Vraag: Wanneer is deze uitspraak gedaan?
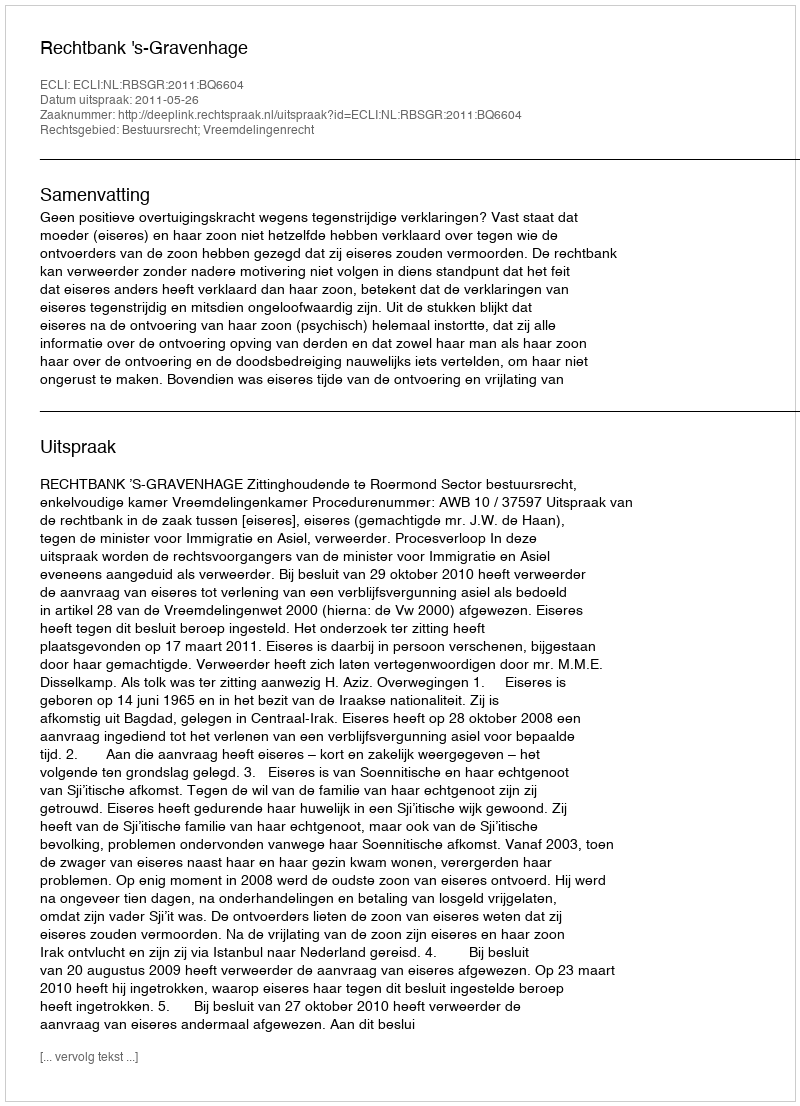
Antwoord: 2011-05-26